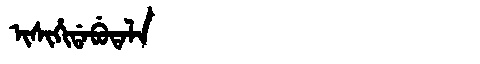
Manchu: ᡳᠰᡳᡥᡳᡩᠠᠪᡠᡨᠠᠯᠠ
Romanization: ISIHIDABUTALA